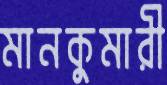
মানকুমারী